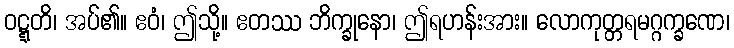
ဝဋ္ဋတိ၊ အပ်၏။ ဧဝံ၊ ဤသို့။ ဧတဿ ဘိက္ခုနော၊ ဤရဟန်းအား။ လောကုတ္တရမဂ္ဂက္ခဏေ၊